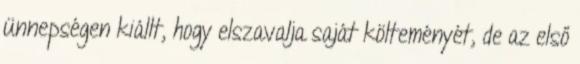
ünnepségen kiállt, hogy elszavalja saját költeményét, de az első